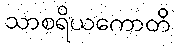
သာစရိယကောတိ